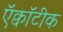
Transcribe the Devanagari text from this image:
ऍक्वॉटीक